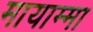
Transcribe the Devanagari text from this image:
मायाम्मा